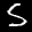
Label: 5